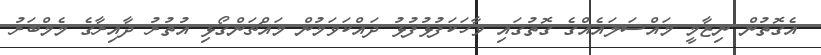
އެގޮތުން ނިޒާމީ މައްސަލައެއްގެ ގޮތުގައި ވާހަކަފުޅުފުޅު ދައްކަވަމުން މައްޗަންގޯޅި އުތުރު ދާއިރާގެ މެމްބަރު